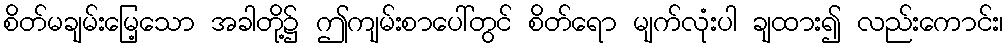
စိတ်မချမ်းမြေ့သော အခါတို့၌ ဤကျမ်းစာပေါ်တွင် စိတ်ရော မျက်လုံးပါ ချထား၍ လည်းကောင်း၊